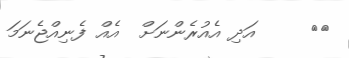
١٤     އަދި އެއުރެންނަށް  އެއް ފެނިއްޖެނަމަ